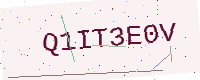
Text: Q1IT3E0V